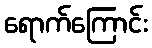
ရောက်ကြောင်း